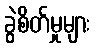
ခွဲစိတ်မှုများ